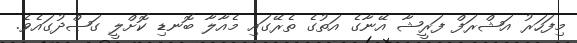
މިފަހަރު އަޝްރަފް ފަރީޝާ އޭނާގެ އަތުގެ ތެރޭގައި މެއާލާ ބޮނޑި ކޮށްލީ ގަޞްދުގައެވެ.